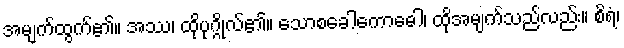
အမျက်ထွက်၏။ အဿ၊ ထိုပုဂ္ဂိုလ်၏။ သောစခေါကောဓေါ၊ ထိုအမျက်သည်လည်း။ စိရံ၊